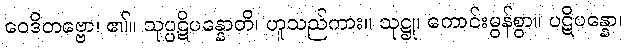
ဝေဒိတဗ္ဗော၊ ၏။ သုပ္ပဋိပန္နောတိ၊ ဟူသည်ကား။ သုဋ္ဌု၊ ကောင်းမွန်စွာ။ ပဋိပန္နော၊